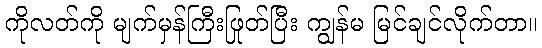
ကိုလတ်ကို မျက်မှန်ကြီးဖြုတ်ပြီး ကျွန်မ မြင်ချင်လိုက်တာ။